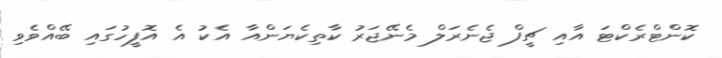
ކޮންޓްރެކްޓަ އާއި ޗީފް ޖެނެރަލް މެނޭޖަރު ކާތިކެޔަންއާ އެކު އެ އޮފީހުގައި ބޭއްވެވި